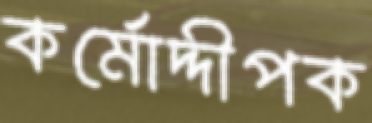
কর্মোদ্দীপক